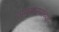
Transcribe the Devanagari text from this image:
जन्ममरणांच्या